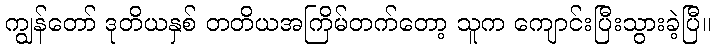
ကျွန်တော် ဒုတိယနှစ် တတိယအကြိမ်တက်တော့ သူက ကျောင်းပြီးသွားခဲ့ပြီ။